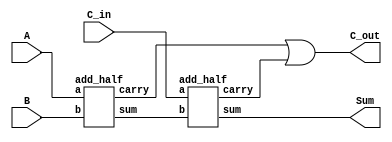
`timescale 1ns / 1ps
//////////////////////////////////////////////////////////////////////////////////
// Company: 
// Engineer: 
// 
// Design Name: 
// Module Name: full_adder
// Project Name: 
// Target Devices: 
// Tool Versions: 
// Description: 
// 
// Dependencies: 
// 
// Revision:
// Revision 0.01 - File Created
// Additional Comments:
// 
//////////////////////////////////////////////////////////////////////////////////


module full_adder(input C_in, input A, input B, output C_out, output Sum);
    wire S1;
    
    wire C1;
    wire C2;
    
    add_half HA1(A, B, S1, C1);
    add_half HA2(C_in, S1, Sum, C2);
    
    assign C_out = C1 | C2;
    
endmodule

// Half Adder Module
module add_half(input a, input b, output sum, output carry);
    
    assign sum = a^b;
    assign carry = a&b;
    
endmodule